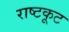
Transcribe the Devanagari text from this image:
राष्टकूट